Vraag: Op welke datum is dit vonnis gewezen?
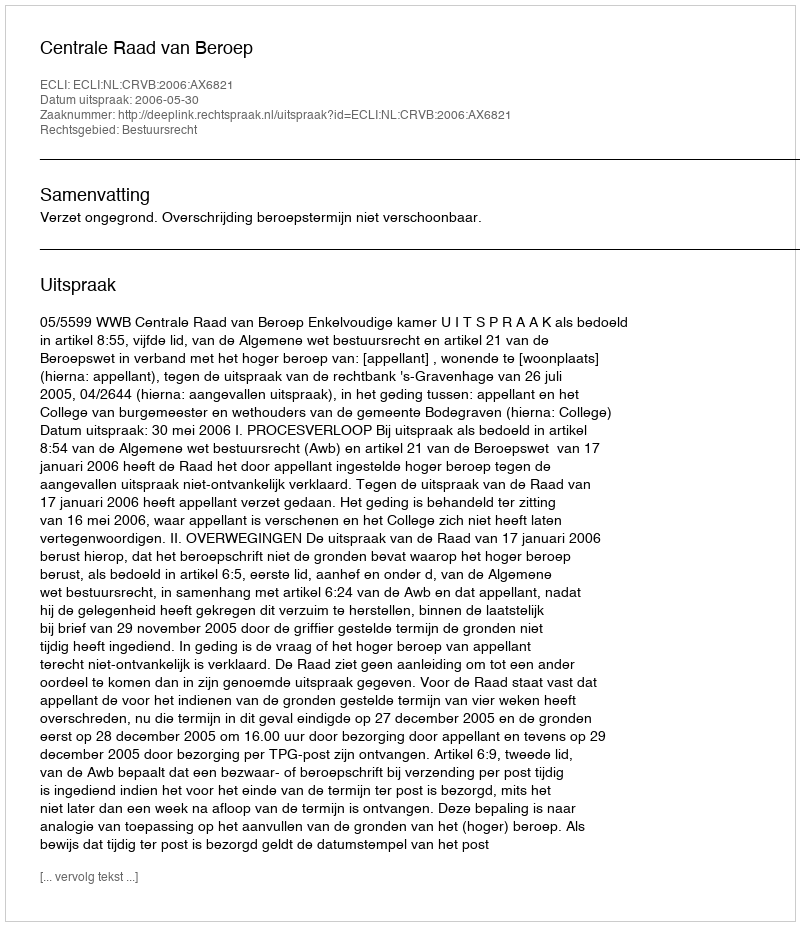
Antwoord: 2006-05-30